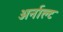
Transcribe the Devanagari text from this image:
अर्नाल्ट